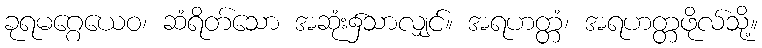
ခုရမဂ္ဂေယေဝ၊ ဆံရိတ်သော အဆုံး၌သာလျှင်။ အရဟတ္တံ၊ အရဟတ္တဖိုလ်သို့။